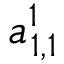
a _ { 1 , 1 } ^ { 1 }